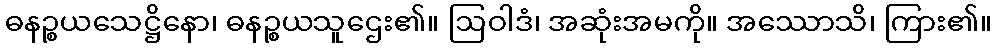
ဓနဉ္စယသေဋ္ဌိနော၊ ဓနဉ္စယသူဌေး၏။ ဩဝါဒံ၊ အဆုံးအမကို။ အဿောသိ၊ ကြား၏။